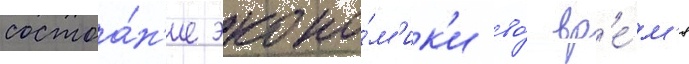
состоа́н'ие эконо́м'ик'и во́ вр'е́м'я